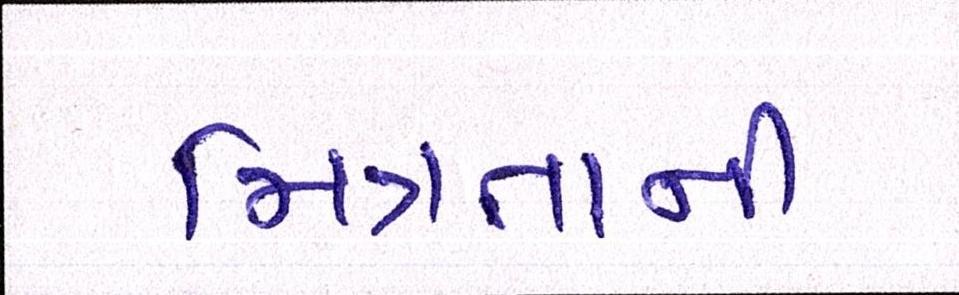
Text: મિત્રતાની